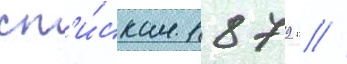
сп'и́скам 1879 г //